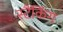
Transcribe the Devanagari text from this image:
स्टैंकिंग